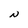
Character: N